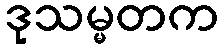
ဒုသမ္မတက